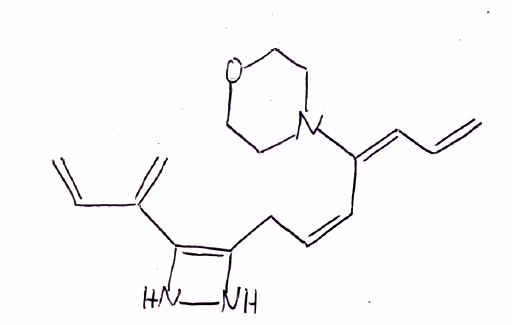
Simplified molecular-input line-entry system (SMILES) notation of the given molecule:
C=C/C=C(\C=C/CC1=C(NN1)C(=C)C=C)/N2CCOCC2